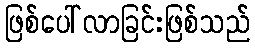
ဖြစ်ပေါ်လာခြင်းဖြစ်သည်